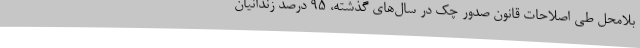
بلامحل طی اصلاحات قانون صدور چک در سال‌های گذشته، 95 درصد زندانیان